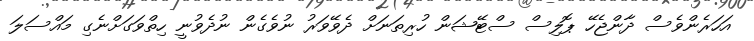
އަހަރެންވެސް ދާންޖެހޭ ޕޮލިސް ސްޓޭޝަން ހުރިތަނަށް ދެވޭވަރު ނުވެގެން ނުދެވުނީ ހިތްވަގަށްނެގި މައްސަލަ